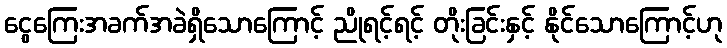
ငွေကြေးအခက်အခဲရှိသောကြောင့် ညိုရင့်ရင့် တိုးခြင်းနှင့် နိုင်သောကြောင့်ဟု